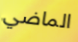
الماضي